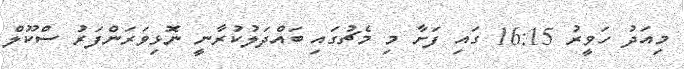
މިއަދު ހަވީރު 16:15 ގައި ފަށާ މި މެޗުގައި ބައްދަލުކުރާނީ ނޮޅިވަރަންފަރު ސްކޫލް